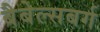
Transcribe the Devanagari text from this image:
बैबेल्सबर्ग